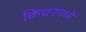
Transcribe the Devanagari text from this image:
किचनमध्ये